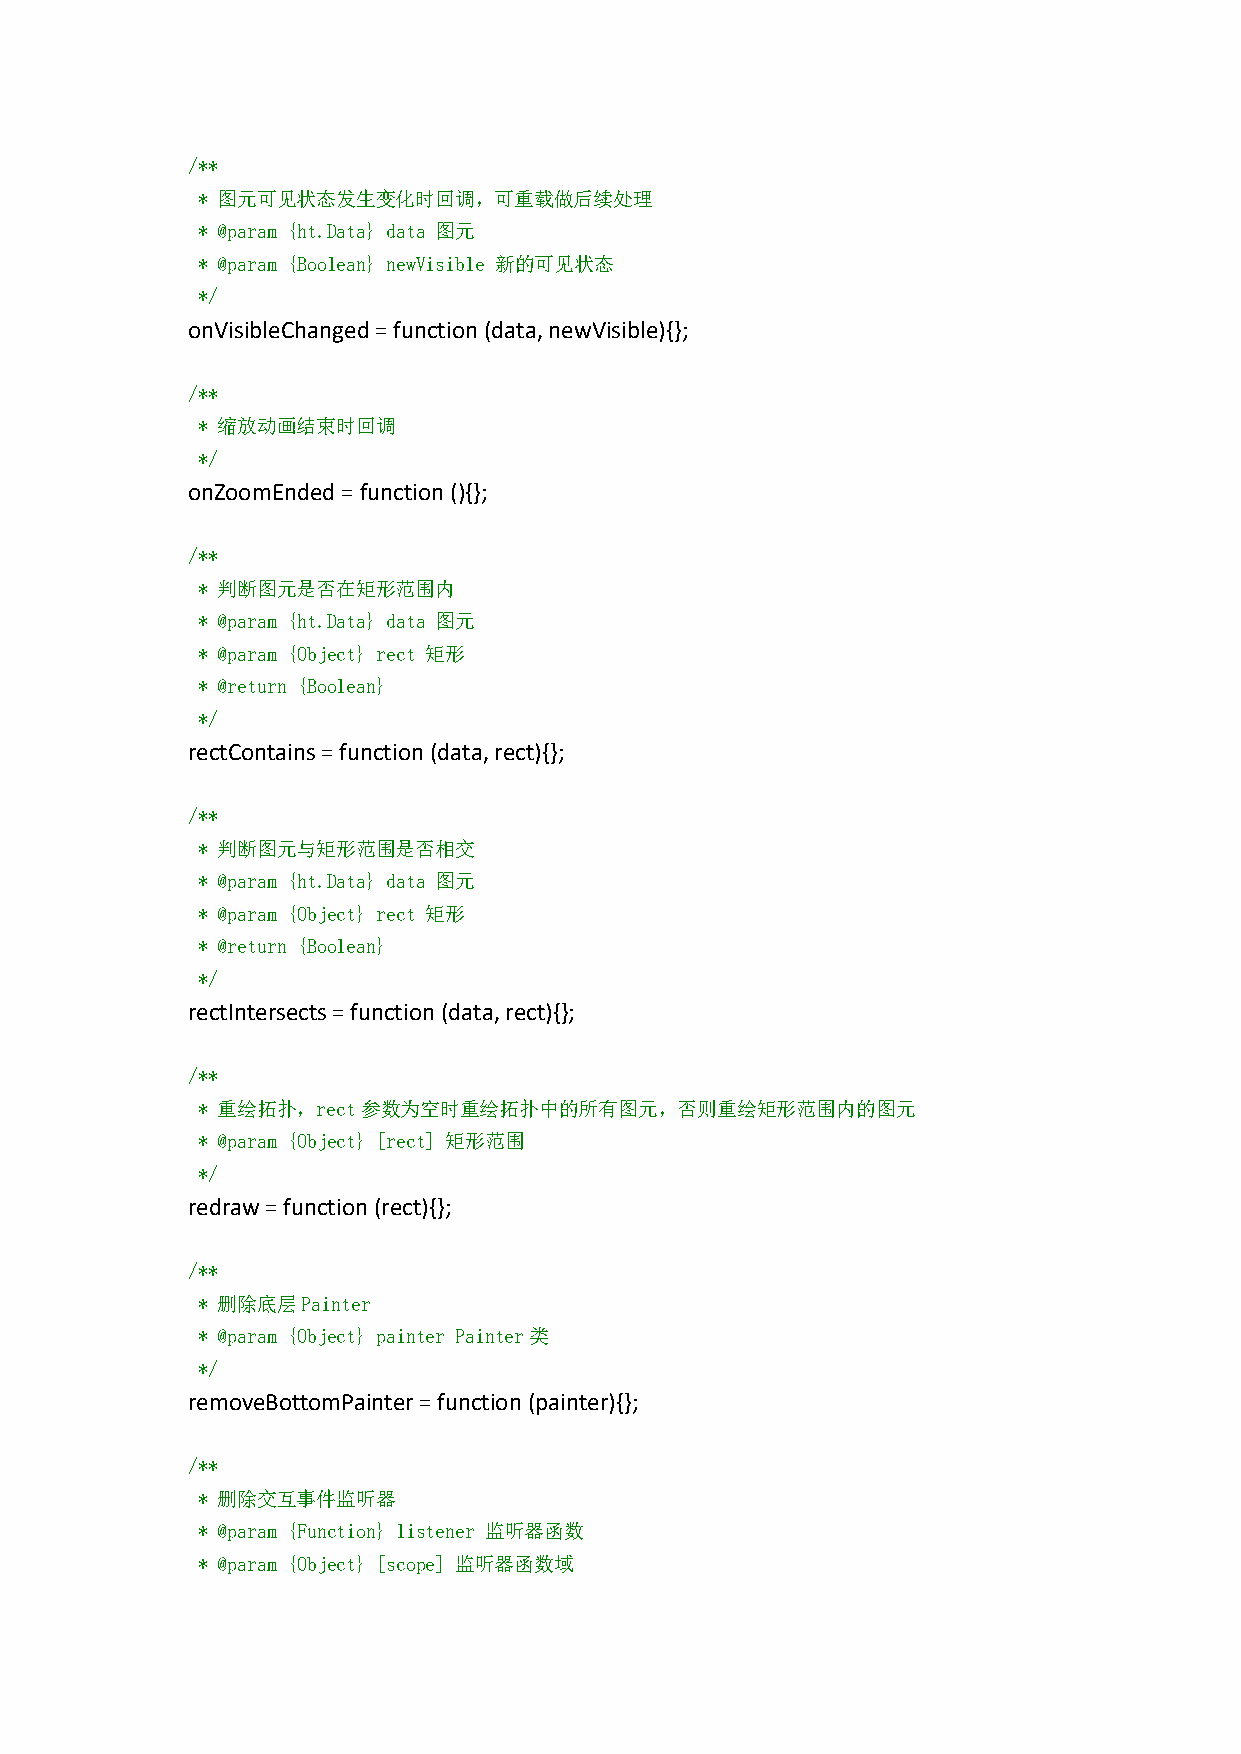
/**
 * 图元可见状态发生变化时回调，可重载做后续处理
 * @param {ht.Data} data 图元
 * @param {Boolean} newVisible 新的可见状态
 */
 onVisibleChanged=function(data,newVisible){};
 /**
 * 缩放动画结束时回调
 */
 onZoomEnded=function(){};
 /**
 * 判断图元是否在矩形范围内
 * @param {ht.Data} data 图元
 * @param {Object} rect 矩形
 * @return {Boolean}
 */
 rectContains=function(data,rect){};
 /**
 * 判断图元与矩形范围是否相交
 * @param {ht.Data} data 图元
 * @param {Object} rect 矩形
 * @return {Boolean}
 */
 rectIntersects=function(data,rect){};
 /**
 * 重绘拓扑，rect参数为空时重绘拓扑中的所有图元，否则重绘矩形范围内的图元
 * @param {Object} [rect] 矩形范围
 */
 redraw=function(rect){};
 /**
 * 删除底层Painter
 * @param {Object} painter Painter类
 */
 removeBottomPainter=function(painter){};
 /**
 * 删除交互事件监听器
 * @param {Function} listener 监听器函数
 * @param {Object} [scope] 监听器函数域